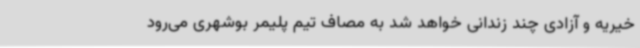
خیریه و آزادی چند زندانی خواهد شد به مصاف تیم پلیمر بوشهری می‌رود